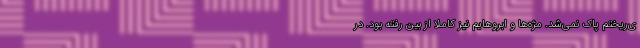
ی‌ریختم پاک نمی‌شد. مژه‌ها و ابروهایم نیز کاملا از بین رفته بود. در